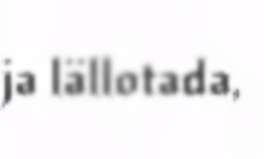
ja lällotada,